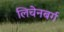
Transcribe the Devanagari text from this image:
लिचेनबर्ग